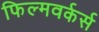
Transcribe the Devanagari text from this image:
फिल्मवर्कर्स